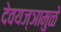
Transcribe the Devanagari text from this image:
देवयज्ञामुळे